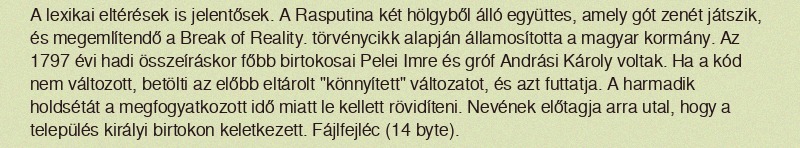
A lexikai eltérések is jelentősek. A Rasputina két hölgyből álló együttes, amely gót zenét játszik, és megemlítendő a Break of Reality. törvénycikk alapján államosította a magyar kormány. Az 1797 évi hadi összeíráskor főbb birtokosai Pelei Imre és gróf Andrási Károly voltak. Ha a kód nem változott, betölti az előbb eltárolt "könnyített" változatot, és azt futtatja. A harmadik holdsétát a megfogyatkozott idő miatt le kellett rövidíteni. Nevének előtagja arra utal, hogy a település királyi birtokon keletkezett. Fájlfejléc (14 byte).